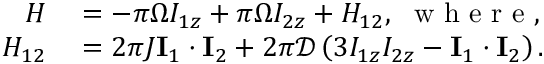
\begin{array} { r l } { { } H } & { { } = - \pi \Omega I _ { 1 z } + \pi \Omega I _ { 2 z } + H _ { 1 2 } , ~ \mathrm { ~ w ~ h ~ e ~ r ~ e ~ , ~ } } \\ { H _ { 1 2 } } & { { } = 2 \pi J \mathbf { I } _ { 1 } \cdot \mathbf { I } _ { 2 } + 2 \pi \mathcal { D } \left( 3 I _ { 1 z } I _ { 2 z } - \mathbf { I } _ { 1 } \cdot \mathbf { I } _ { 2 } \right) . } \end{array}